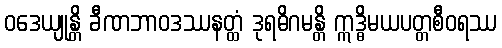
ဝဒေယျုန္တိ ခီဏဘာဝဒဿနတ္ထံ ဒုရဓိဂမန္တိ ဣဒ္ဓိမယပတ္တစီဝရဿ